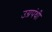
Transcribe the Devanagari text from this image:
उग्रपंथी